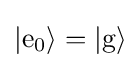
|\mathrm {e} _{0}\rangle =|\mathrm {g} \rangle